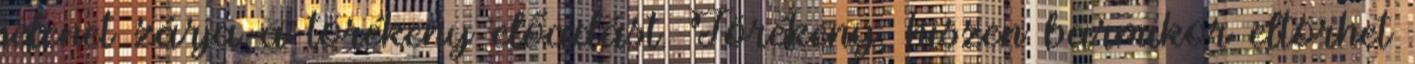
jelenet zárja a törékeny előadást. Törékeny, hiszen bármikor eltörhet